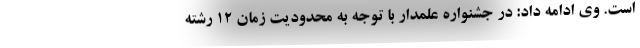
است. وی ادامه داد: در جشنواره علمدار با توجه به محدودیت زمان ۱۲ رشته